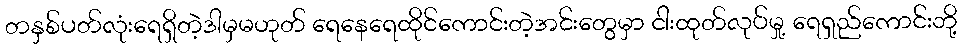
တနှစ်ပတ်လုံးရေရှိတဲ့ဒါမှမဟုတ် ရေနေရေထိုင်ကောင်းတဲ့အင်းတွေမှာ ငါးထုတ်လုပ်မှု့ ရေရှည်ကောင်းဘို့